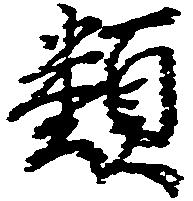
類